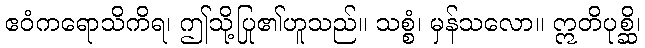
ဧဝံကရောသိကိရ၊ ဤသို့ပြု၏ဟူသည်။ သစ္စံ၊ မှန်သလော။ ဣတိပုစ္ဆိ၊